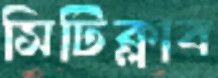
সিটিক্লাব